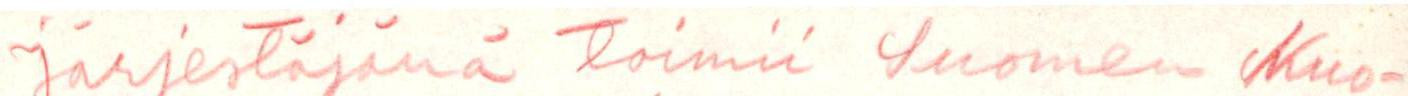
Järjestäjänä toimii Suomen Nuo-